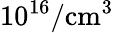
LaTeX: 10^{16}/\mathrm{cm^{3}}